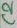
Text: C2